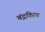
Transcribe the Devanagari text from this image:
चंद्रकिरण